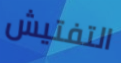
التفتيش